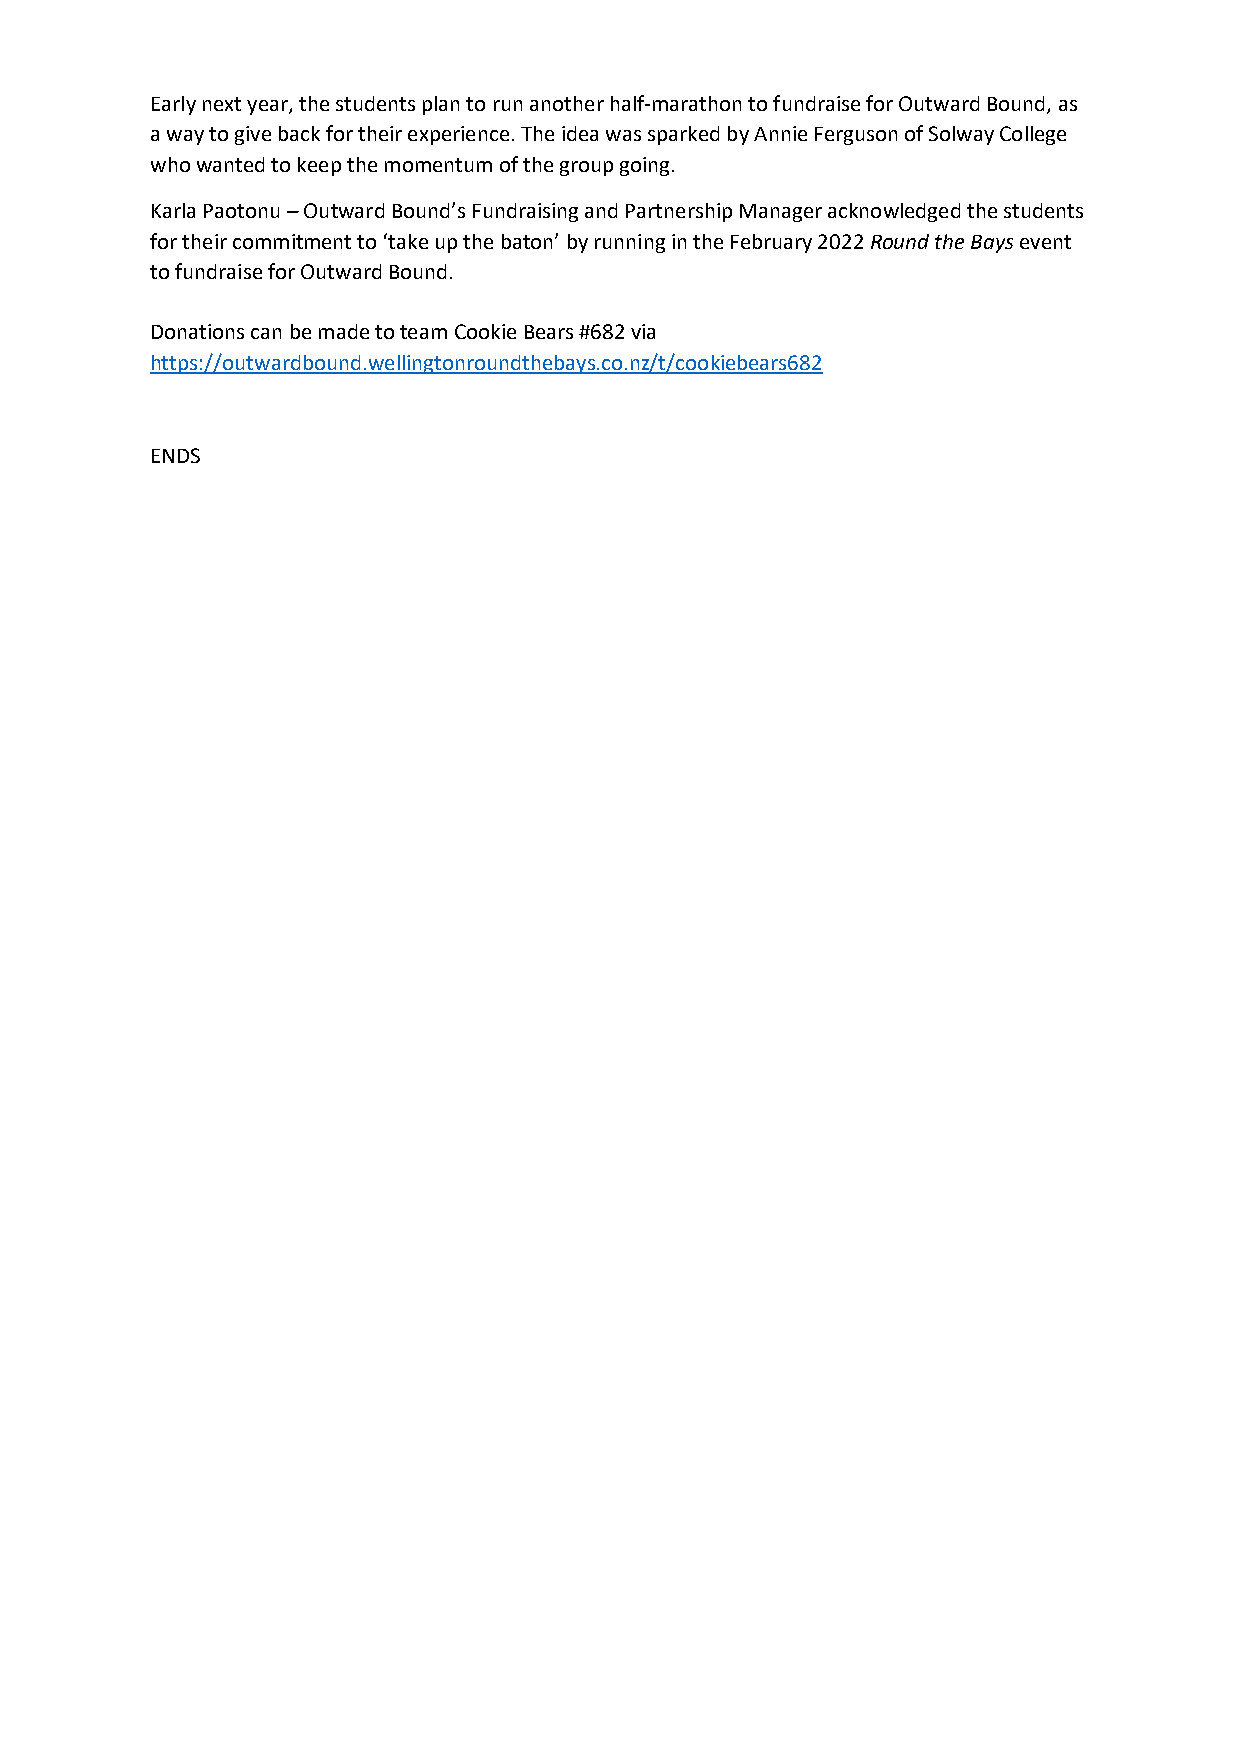
Early next year, the students plan to run another half-marathon to fundraise for Outward Bound, as
 a way to give back for their experience. The idea was sparked by Annie Ferguson of Solway College
 who wanted to keep the momentum of the group going.
 Karla Paotonu – Outward Bound’s Fundraising and Partnership Manager acknowledged the students
 for their commitment to ‘take up the baton’ by running in the February 2022 Round the Bays event
 to fundraise for Outward Bound.
 Donations can be made to team Cookie Bears #682 via
 https://outwardbound.wellingtonroundthebays.co.nz/t/cookiebears682
 ENDS